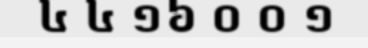
៤ ៤ ១៦ ០ ០ ១